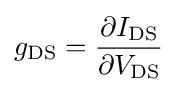
g_{\text{DS}}={\frac {\partial I_{\text{DS}}}{\partial V_{\text{DS}}}}